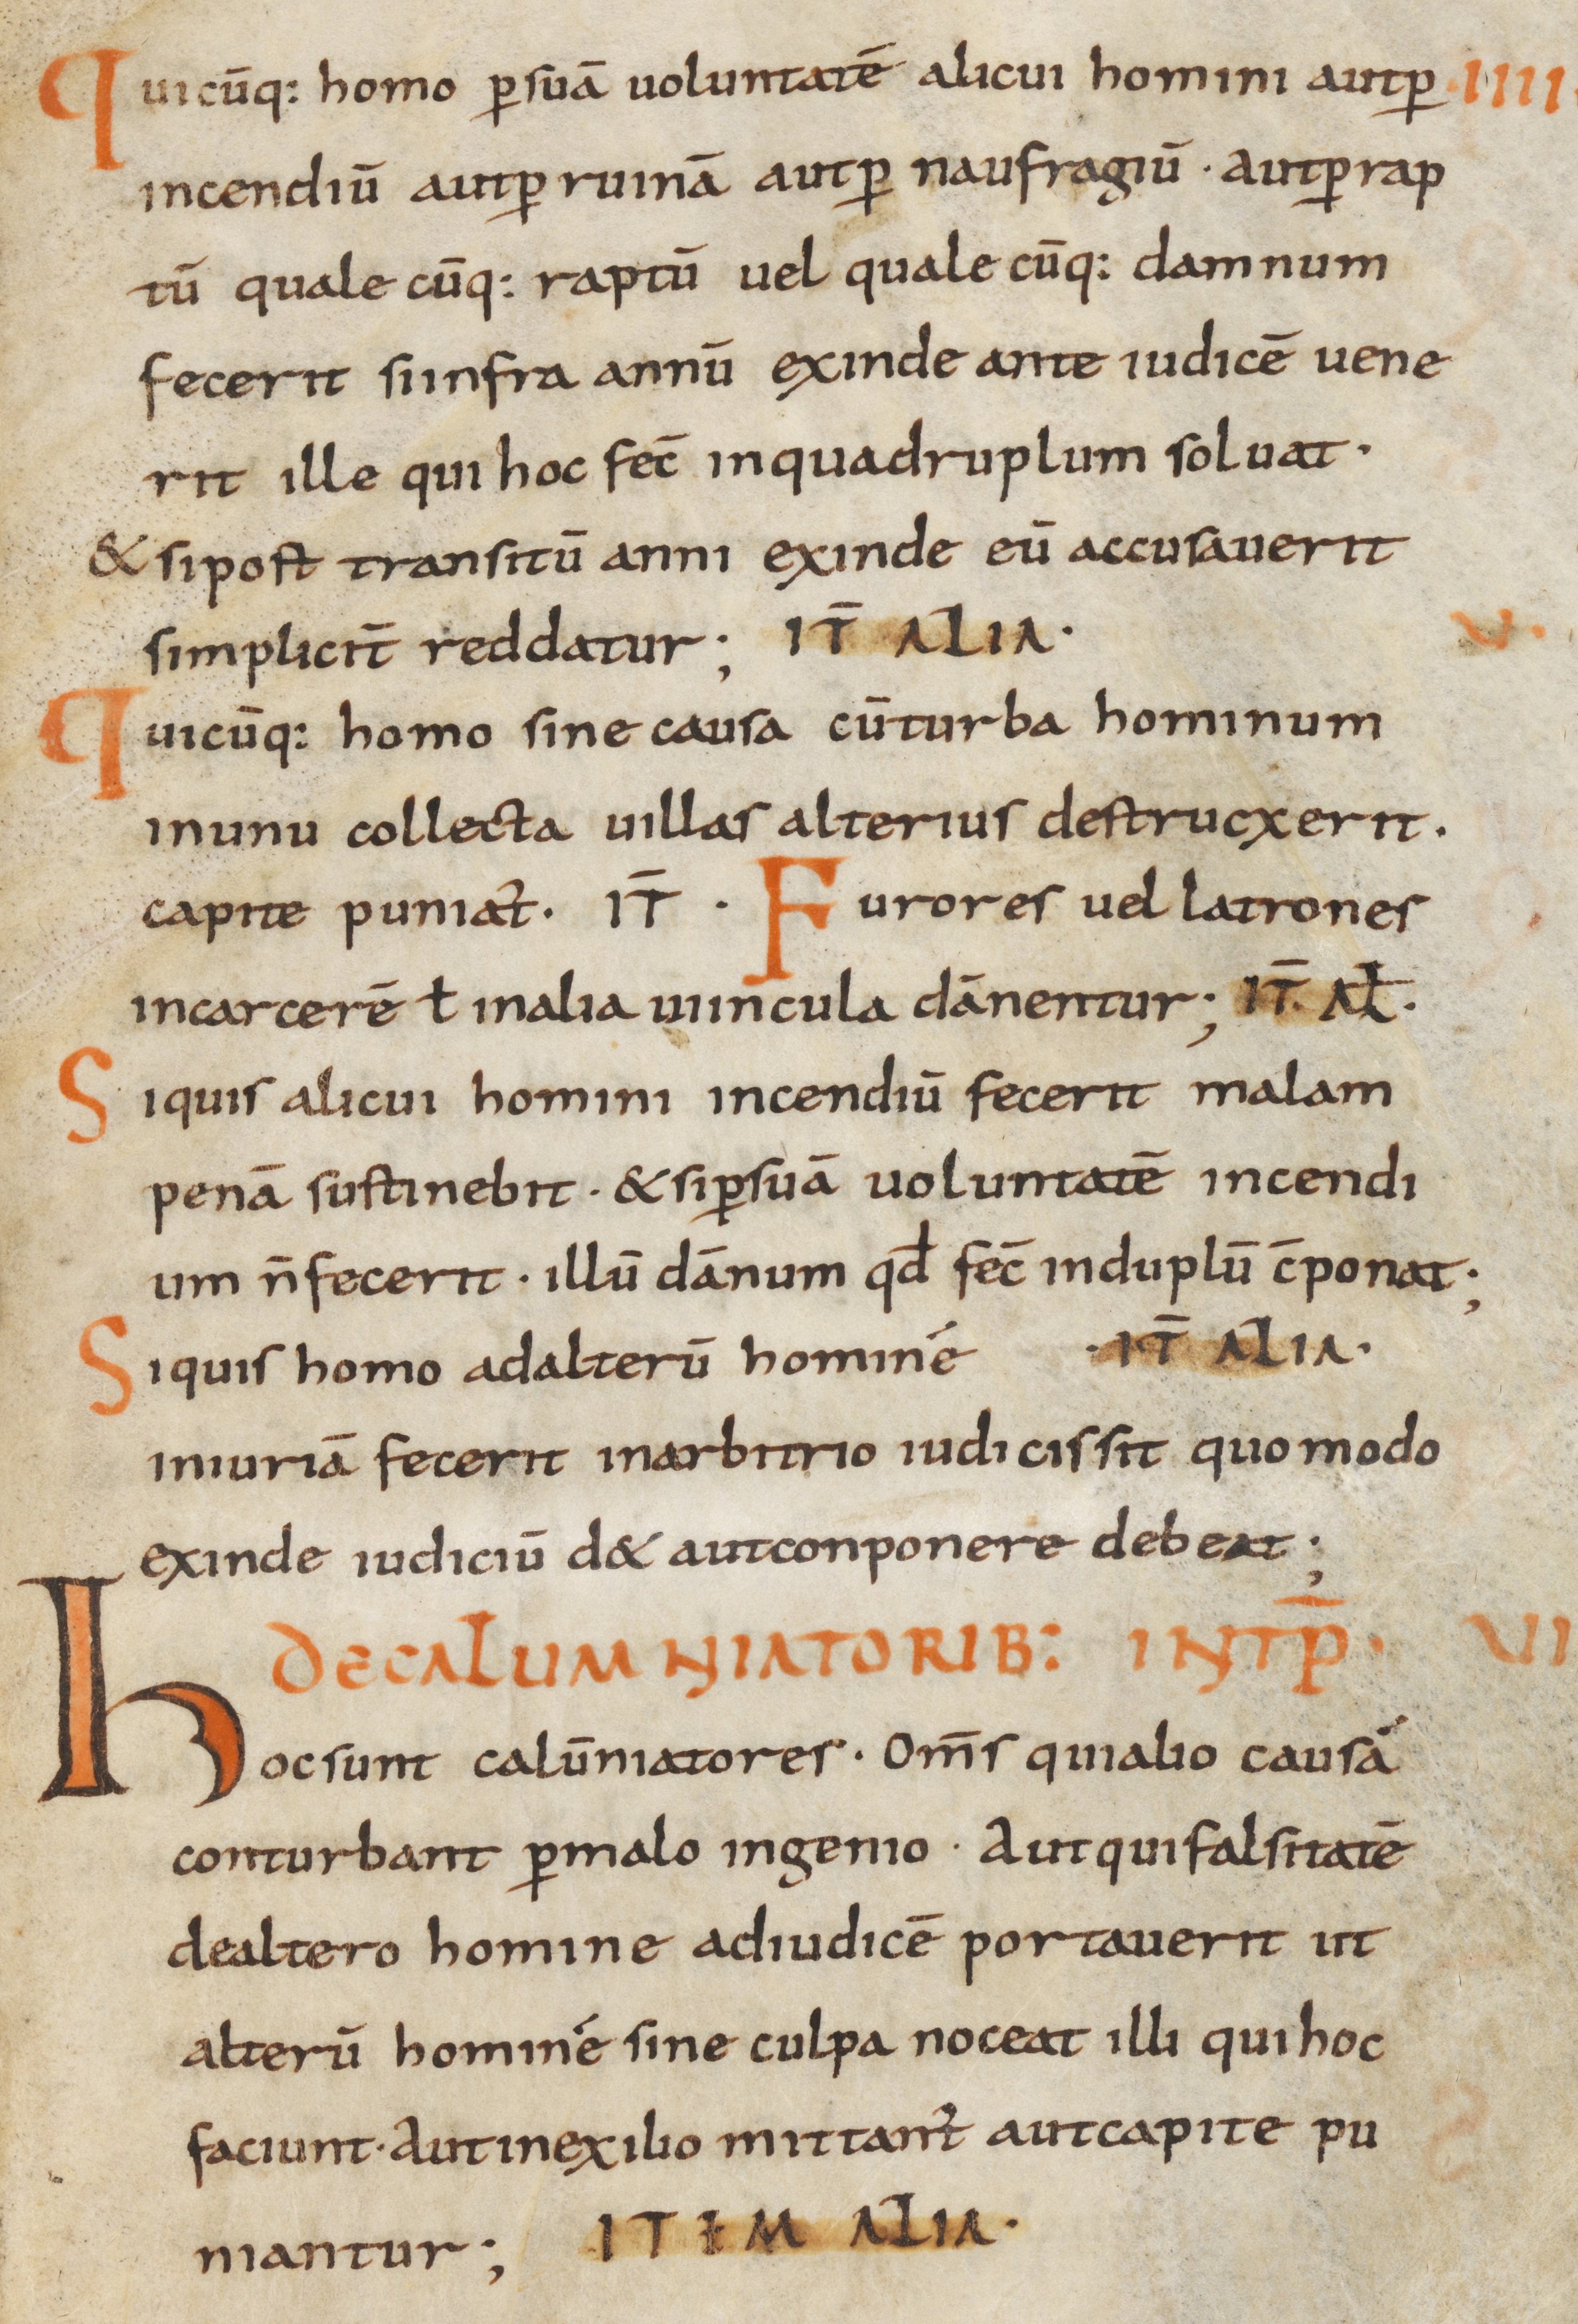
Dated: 800–865